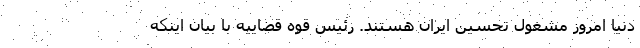
دنیا امروز مشغول تحسین ایران هستند. رئیس قوه قضاییه با بیان اینکه